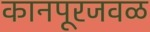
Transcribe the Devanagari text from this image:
कानपूरजवळ